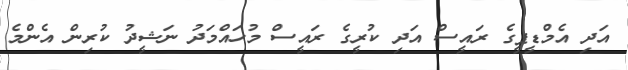
އަދި އެމްޑީޕީގެ ރައީސް އަދި ކުރީގެ ރައީސް މުހައްމަދު ނަޝީދު ކުރިން އެންމެ